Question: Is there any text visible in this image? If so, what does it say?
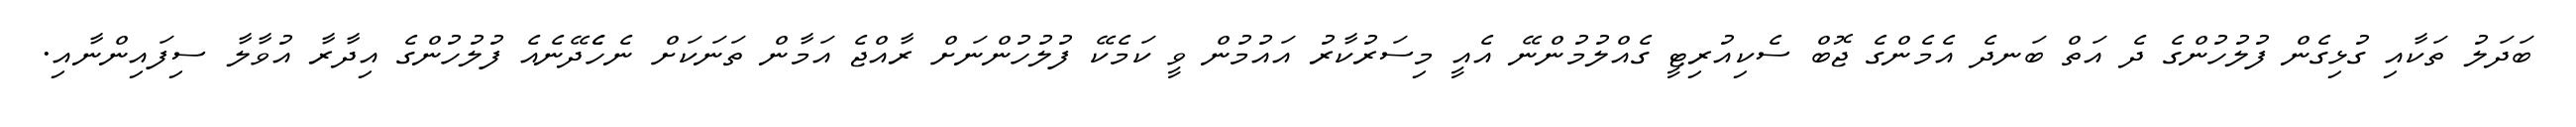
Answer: ބަދަލު ތަކާއި ގުޅިގެން ފުލުހުންގެ ދެ އަތް ބަނދެ އެމެންގެ ޖޮބް ސެކިއުރިޓީ ގެއްލުމުންނޭ އެއީ މިސަރުކާރު އައުމުން ވީ ކަމެކޭ ފުލުހުންނަށް ރާއްޖެ އަމާން ތަނަކަށް ނެހެެދޭނެއެ ފުލުހުންގެ އިދާރާ އުވާލާ ސިފައިންނާއި.